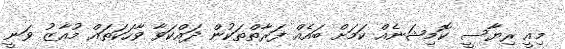
މިއީ ރިޔާސީ ކޮމިޝަނެއް ކަމަށް ބައެއް ފަރާތްތަކުން ދައްކަވާ ވާހަކަތައް މުއާޒު ވަނީ